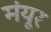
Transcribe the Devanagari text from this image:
मंयूर